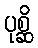
ပုစ္ဆိ